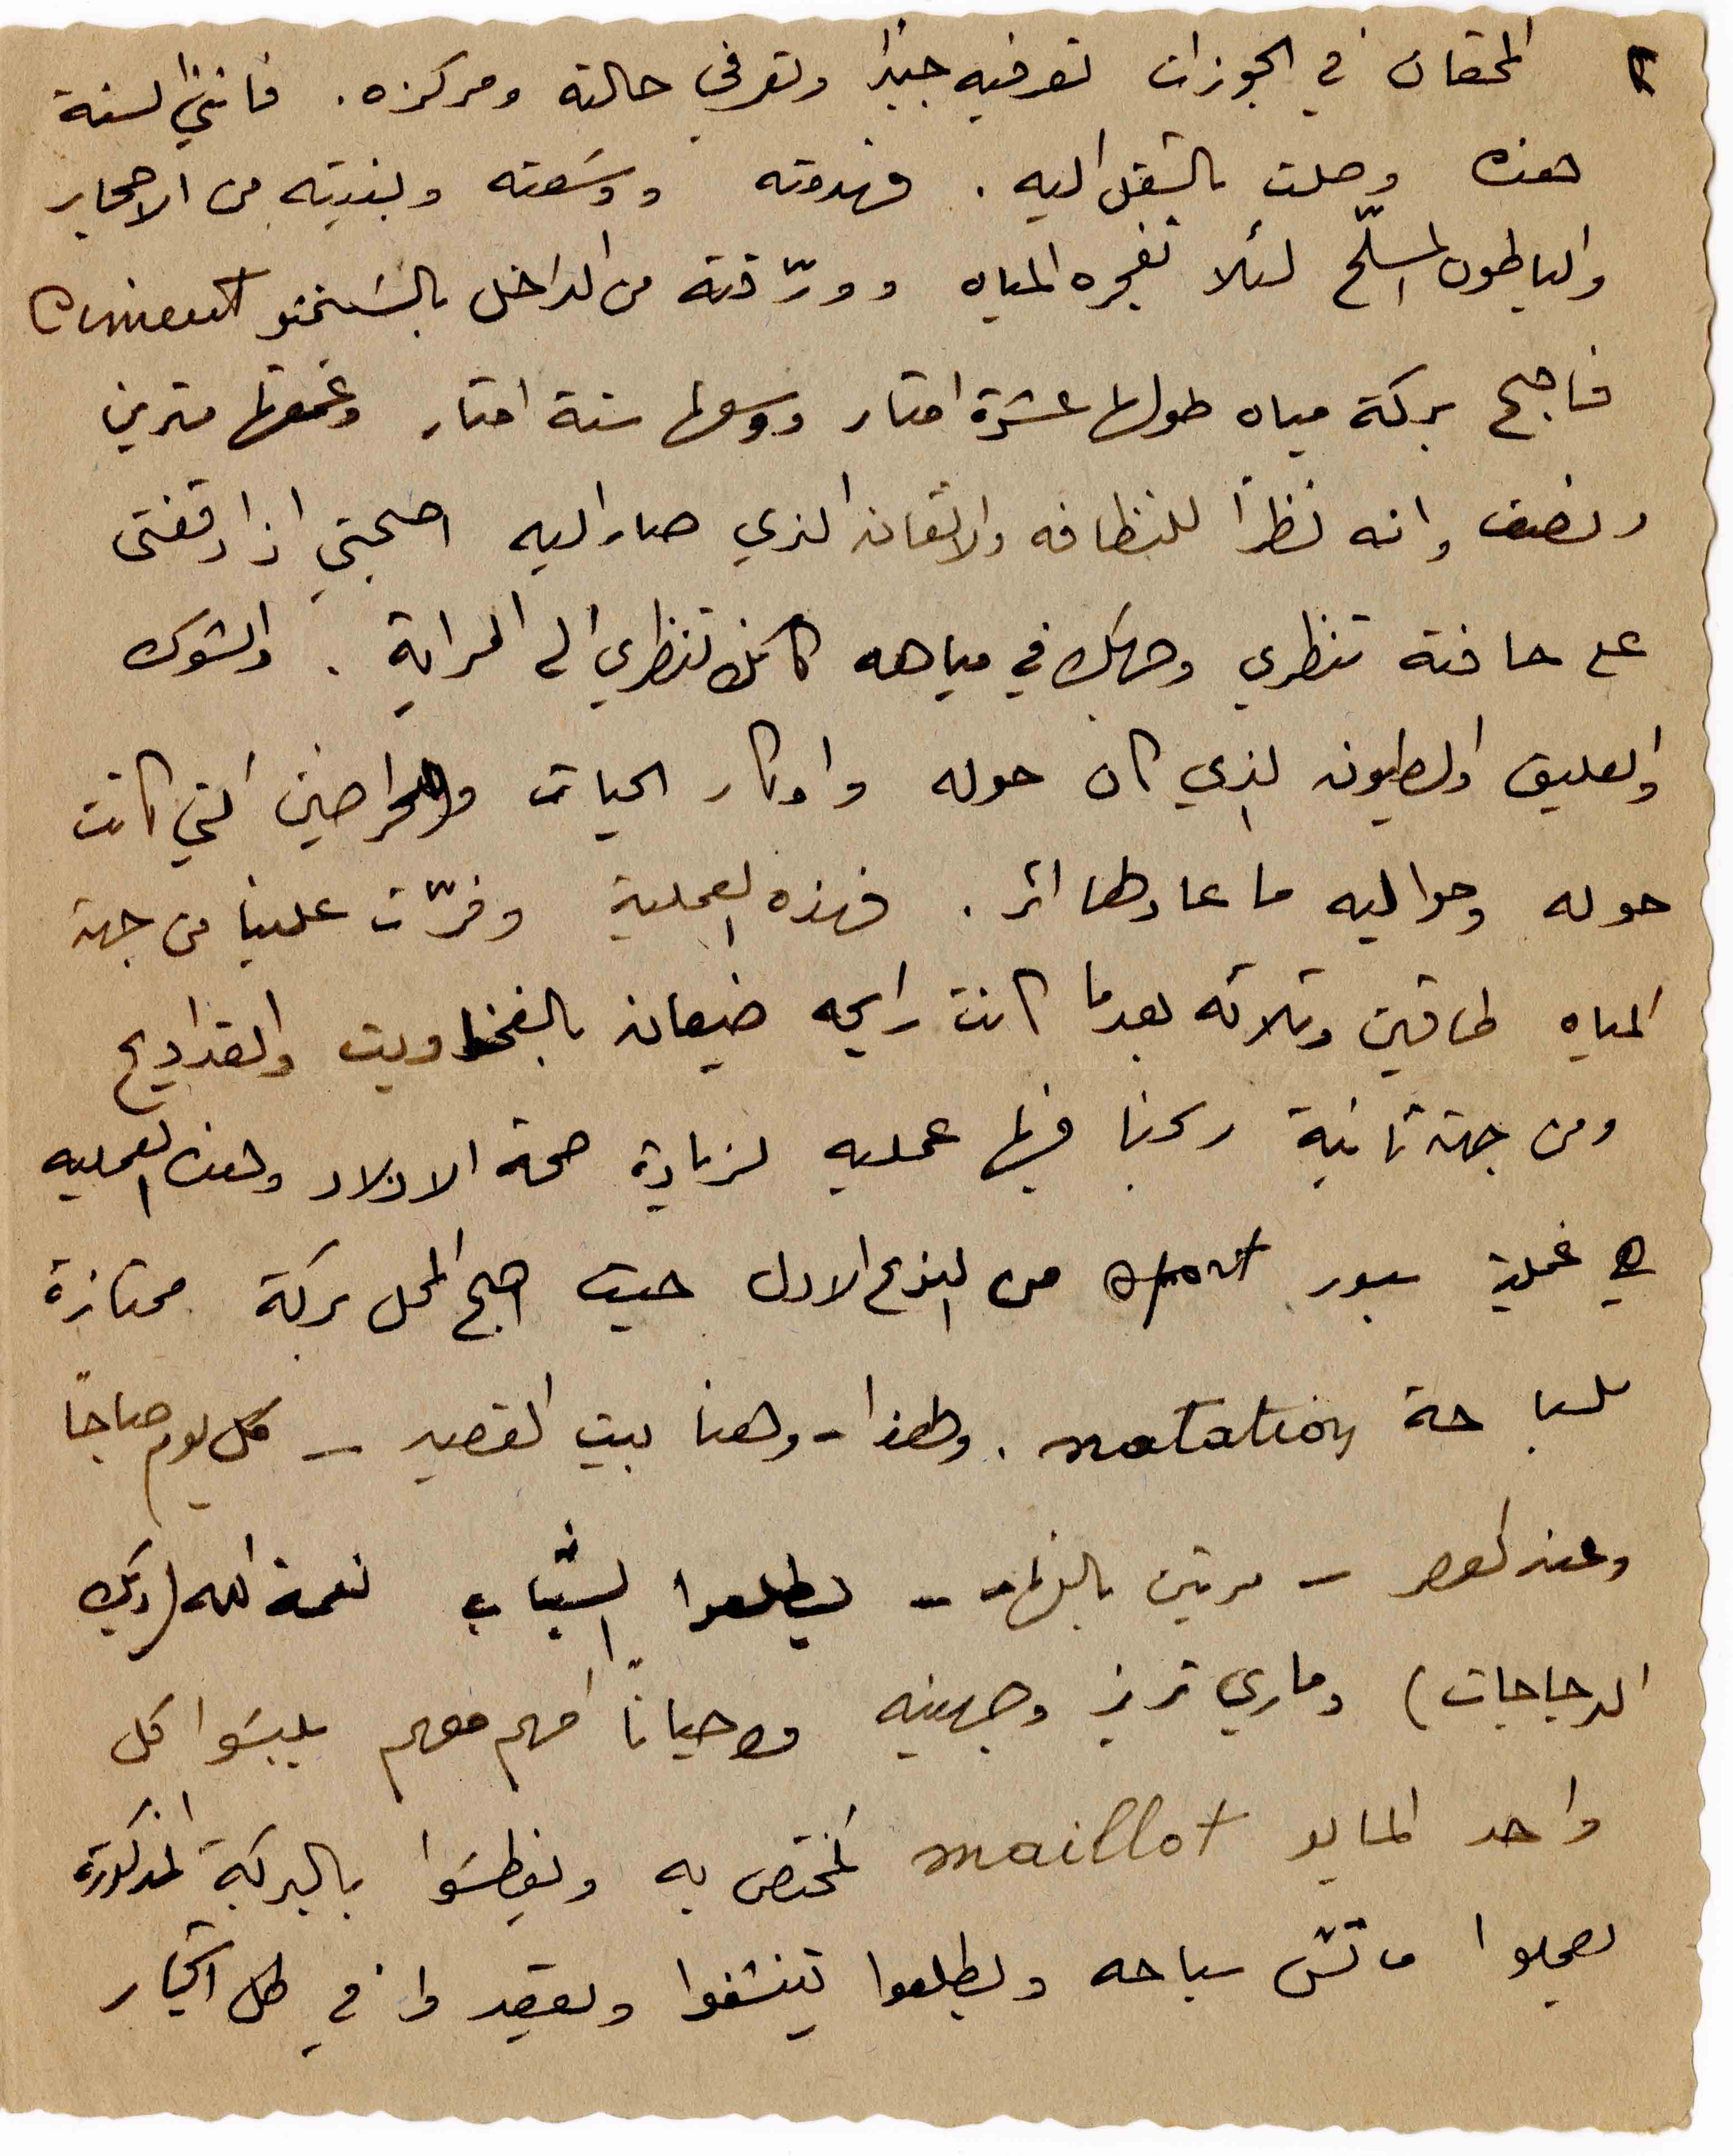
٢
المحقان في الجوزات تعرفيه جيداً وتعرفي حالته ومركزه. فانني السنة
هذه وصلت بالشغل اليه. فهدمته ووسَعته وبنيته من الاحجار
والباطون المسلّح لئلا  تفجره المياه وورّقته من الداخل بالسمنتو Ciment
فاصبح بركة مياه طولها عشرة امتار ووسعها ستة امتار وغمقها مترين
ونصف وانه نظراً للنظافة والاتقان الذي صار اليه اصبحتي اذا وقفتى
على حافته تنظري وجهك في مياهه كانك تنظري الى المراية. والشوك
والعليق والطيون الذي كان حوله واوكار الحيات والحراضين التي كانت
حوله وحواليه ما عاد لها اثر. فهذه العملية وفرّت علينا من جهة
المياه طاقين وثلاثه بعدما كانت رايحة ضيعان بالفخاويت والقداديح
ومن جهة ثانية ربحنا فيها عملية لزيادة صحة الاولاد وهذه العملية
هي عملية سبور sport من النوع الاول حيث اصبح المحل بركة ممتازة
للسباحة natation. وهذا - وهنا بيت القصيد - كل يوم صباحاً
وعند العصر - مرتين بالنهار - يطلعوا الشباب نعمة الله (ديك
الدجاجات) وماري تريز وجهينه واحيانا امهم معهم يلبسَوا كل
واحد المايو maillot المختص به ويغطسَوا بالبركة المذكورة
يعملوا ماتش سباحه ويطلعوا تينشفوا ويقعدوا في ظل اشجار